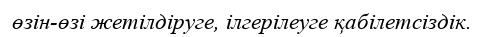
өзін-өзі жетілдіруге, ілгерілеуге қабілетсіздік.